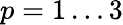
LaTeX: p=1\ldots 3